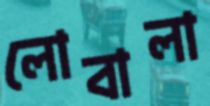
লোবালা